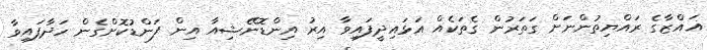
ޣައްޒާގެ ރައްޔިތުންނަށް ގަތަރުން ގެތަކެއް އަޅައިދީފައިވާ އިރު އިންޑޮނޭޝިއާ އިން ފަންޑުކޮށްގެން ހަދާފައިވާ